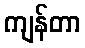
ကျန်တာ